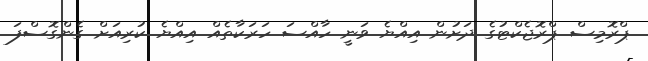
ޕްރޮމިސް ޕްރޮޖެކްޓުގެ ދަށުން އިއްޔެ ވަނީ ހާއްސަ ހަރަކާތެއް އިއްޔެ ކުރިއަށް ގެންގޮސްފަ